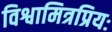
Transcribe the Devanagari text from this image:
विश्वामित्रप्रियः